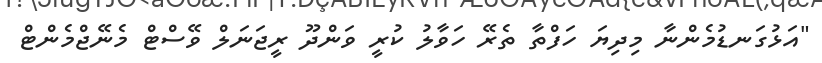
"އަޅުގަނޑުމެންނާ މިދިޔަ ހަފްތާ ތެރޭ ހަވާލު ކުރީ ވަންދޫ ރީޖަނަލް ވޭސްޓް މެނޭޖްމެންޓް